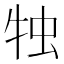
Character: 𤙕